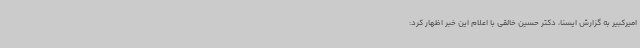
امیرکبیر به گزارش ایسنا، دکتر حسین خالقی با اعلام این خبر اظهار کرد: